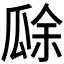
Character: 𤬀